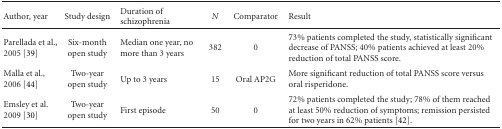
<table><thead><tr><td><b>Author, year</b></td><td><b>Study design</b></td><td><b>Duration of schizophrenia</b></td><td><b><i>N</i></b></td><td><b>Comparator</b></td><td><b>Result</b></td></tr></thead><tbody><tr><td>Parellada et al., 2005 [39]</td><td>Six-month open study</td><td>Median one year, no more than 3 years</td><td>382</td><td>0</td><td>73% patients completed the study, statistically significant decrease of PANSS; 40% patients achieved at least 20% reduction of total PANSS score.</td></tr><tr><td>Malla et al., 2006 [44]</td><td>Two-year open study</td><td>Up to 3 years</td><td>15</td><td>Oral AP2G</td><td>More significant reduction of total PANSS score versus oral risperidone.</td></tr><tr><td>Emsley et al. 2009 [30]</td><td>Two-year open study</td><td>First episode</td><td>50</td><td>0</td><td>72% patients completed the study; 78% of them reached at least 50% reduction of symptoms; remission persisted for two years in 62% patients [42].</td></tr></tbody></table>